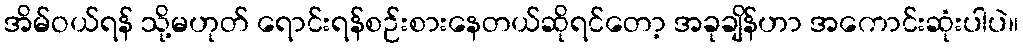
အိမ်ဝယ်ရန် သို့မဟုတ် ရောင်းရန်စဉ်းစားနေတယ်ဆိုရင်တော့ အခုချိန်ဟာ အကောင်းဆုံးပါပဲ။